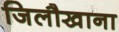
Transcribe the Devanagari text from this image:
जिलौखाना